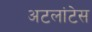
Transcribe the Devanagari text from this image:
अटलांटेस